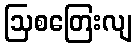
ဩစတြေးလျ